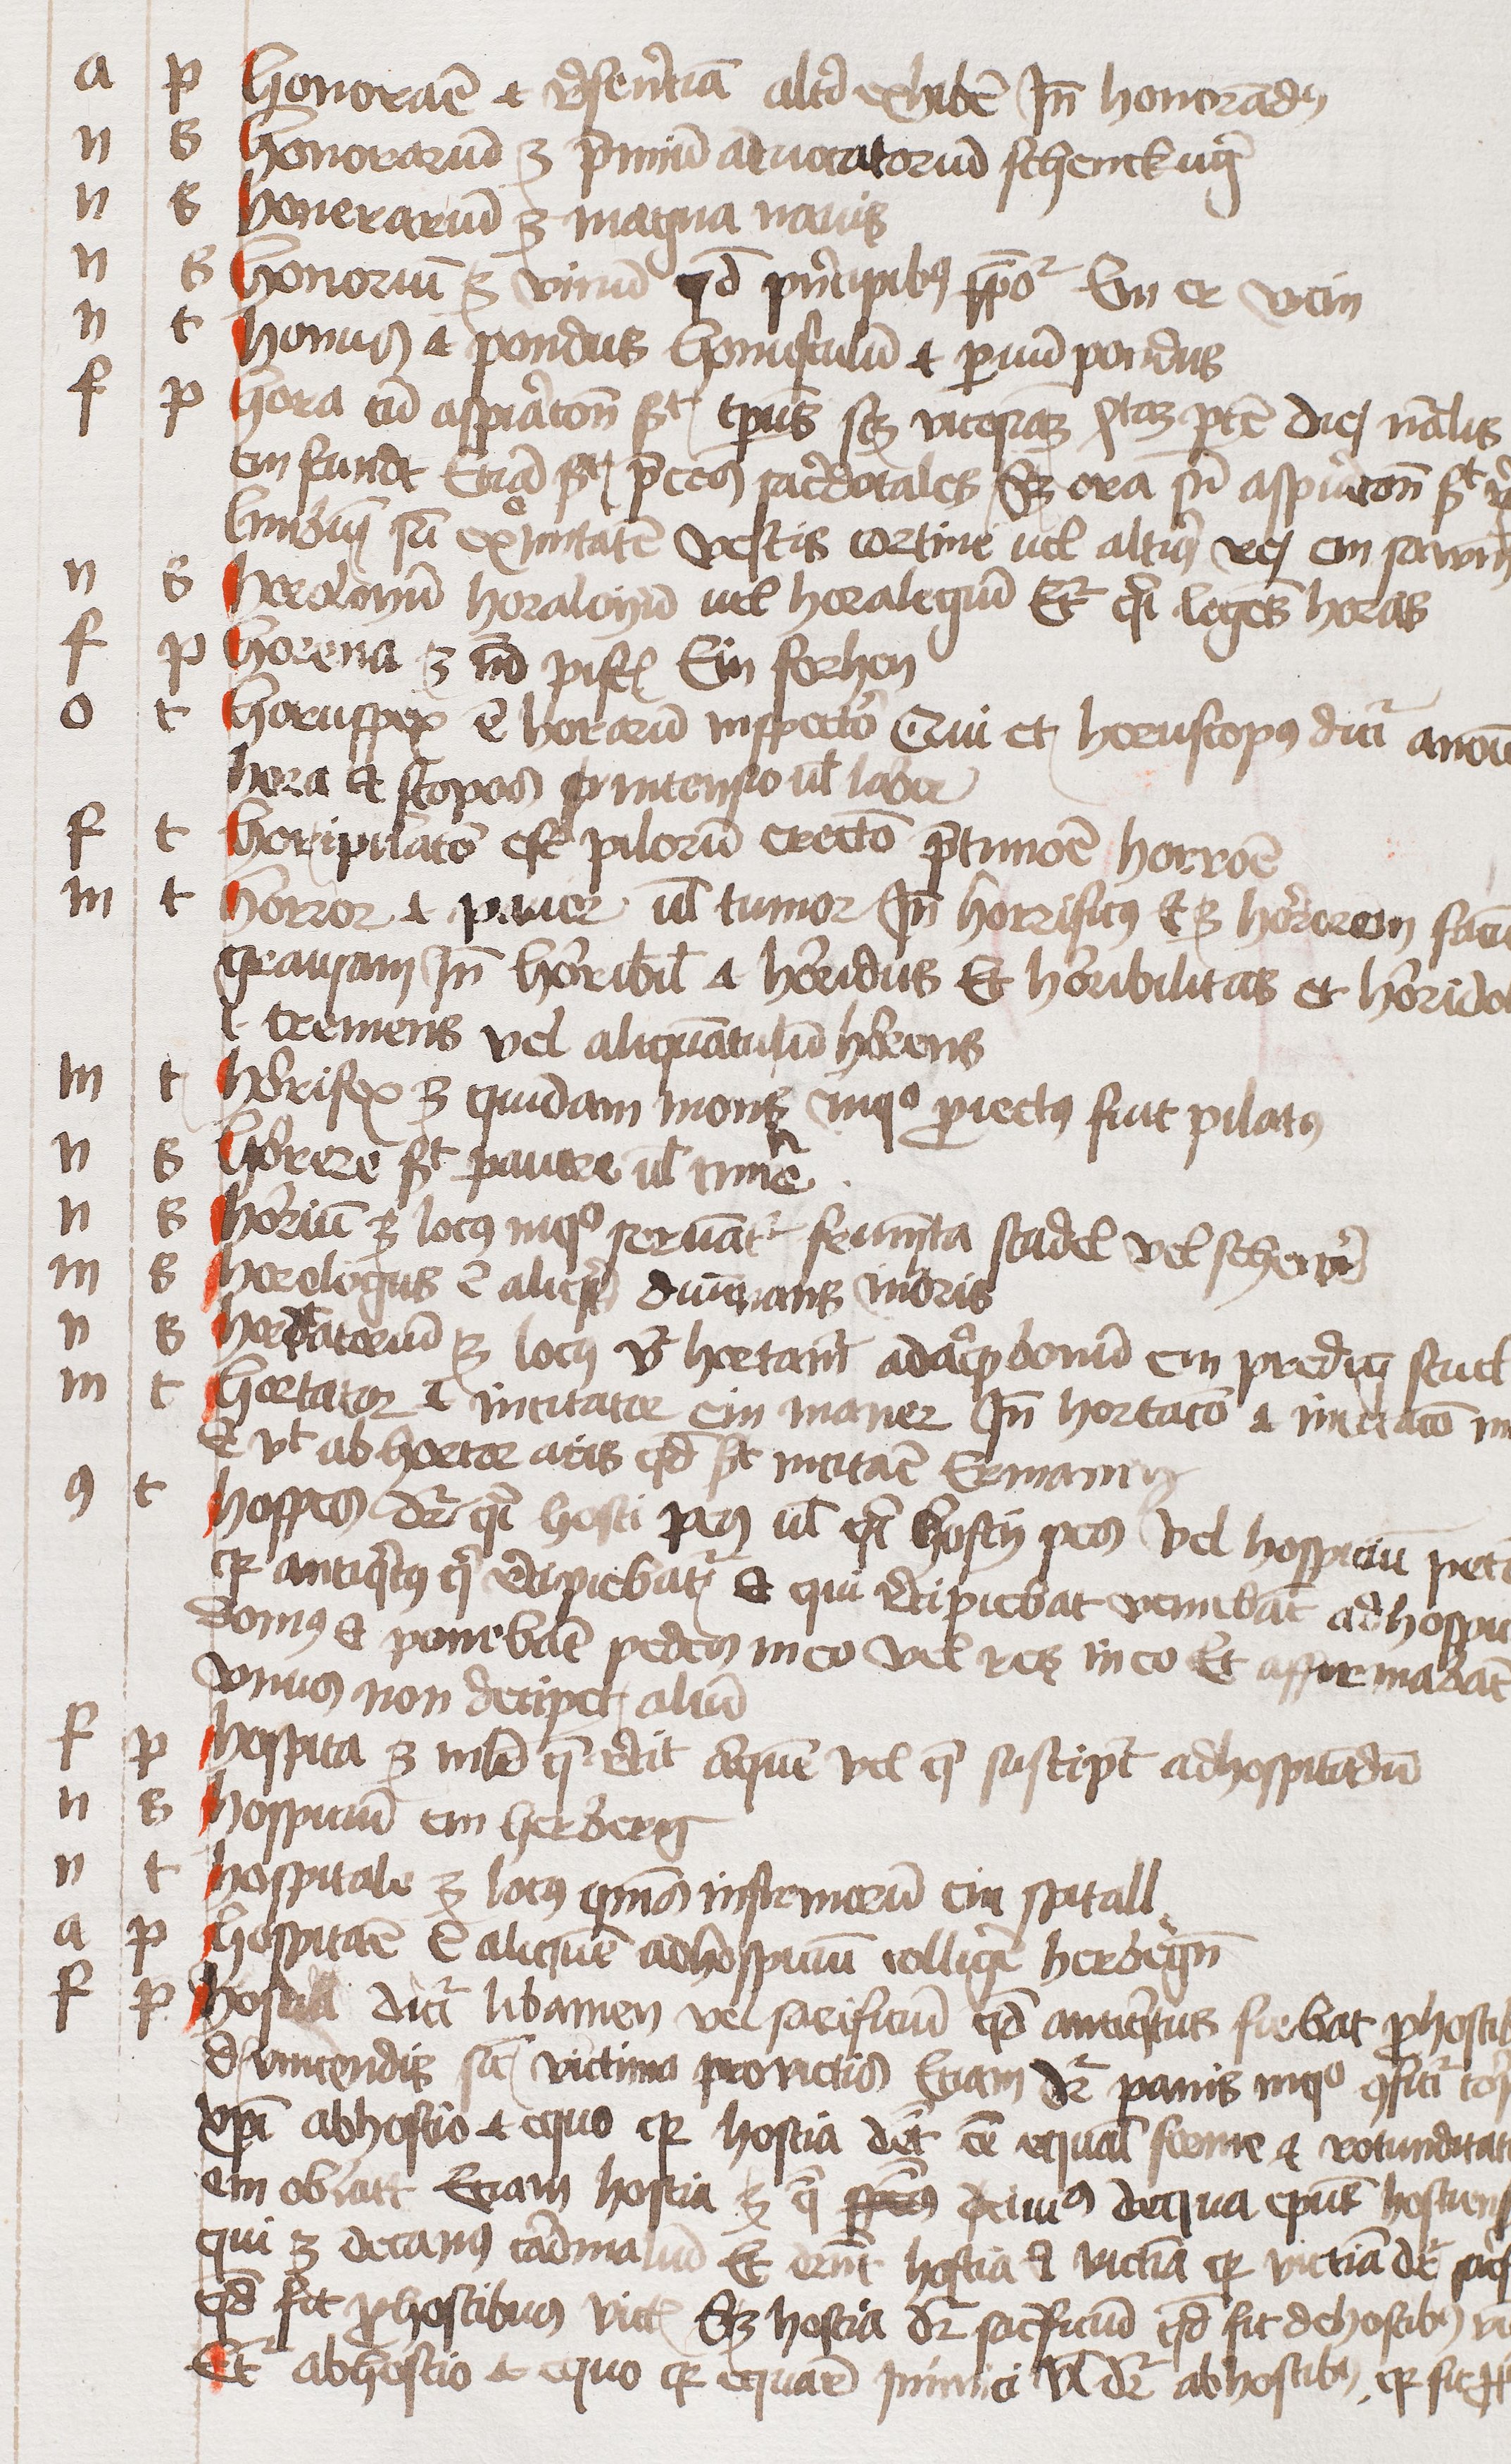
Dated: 1450–1474